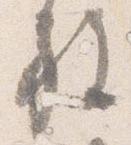
施